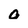
Character: o